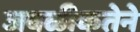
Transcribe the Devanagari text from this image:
जवळीकतेने